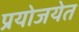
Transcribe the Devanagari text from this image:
प्रयोजयेत